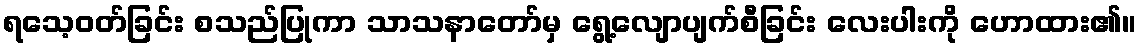
ရသေ့ဝတ်ခြင်း စသည်ပြုကာ သာသနာတော်မှ ရွေ့လျောပျက်စီခြင်း လေးပါးကို ဟောထား၏။